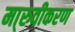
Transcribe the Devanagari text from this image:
मा्रुवीकरण